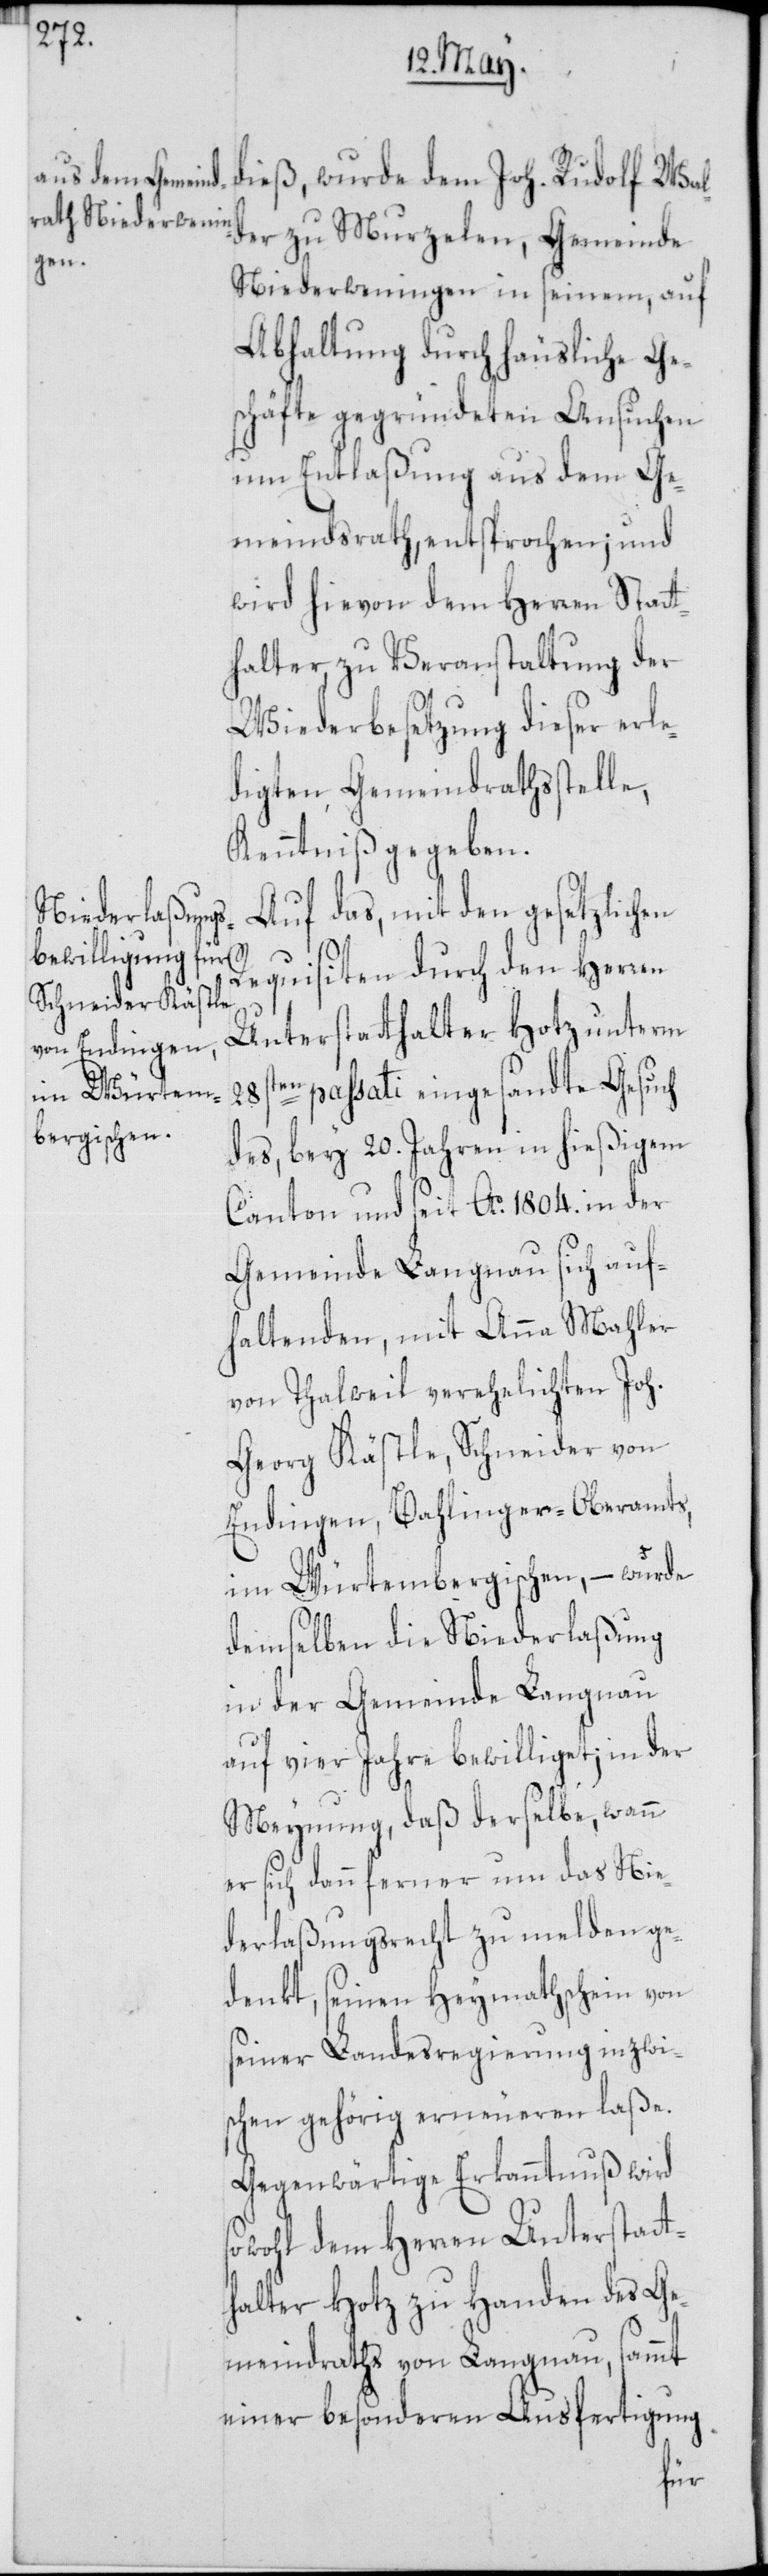
dieß, wurde dem Joh. Rudolf Wal¬
der zu Murzelen, Gemeinde
Niederweningen in seinem, auf
Abhaltung durch häusliche Ge¬
schäfte gegründeten Ansuchen
um Entlaßung aus dem Ge¬
meindsrath, entsprochen; und
wird hievon dem Herren Statt¬
halter, zu Veranstaltung der
Wiederbesetzung dieser erle¬
digten Gemeindrathsstelle,
Kenntniß gegeben.
Auf das, mit den gesetzlichen
Requisiten durch den Herren
Unterstatthalter Hotz unterm
28sten passati eingesandte Gesuch
des, bey 20. Jahren in hießigem
Canton und seit Ao. 1804. in der
Gemeinde Langnau sich auf¬
haltenden, mit Anna Mahler
von Thalweil verehelichten Joh.
Georg Kästle, Schneider von
Endingen, Bahlinger-Oberamts,
im Würtembergischen, – wurde
demselben die Niederlaßung
in der Gemeinde Langnau
auf vier Jahre bewilliget; in der
Meynung, daß derselbe, wann
er sich dann ferner um das Nie¬
derlaßungsrecht zu melden ge¬
denkt, seinen Heymathschein von
seiner Landesregierung inzwi¬
schen gehörig erneueren laße.
Gegenwärtige Erkanntnuß wird
sowohl dem Herren Unterstatt¬
halter Hotz zu Handen des Ge¬
meindraths von Langnau, sammt
einer besonderen Ausfertigung